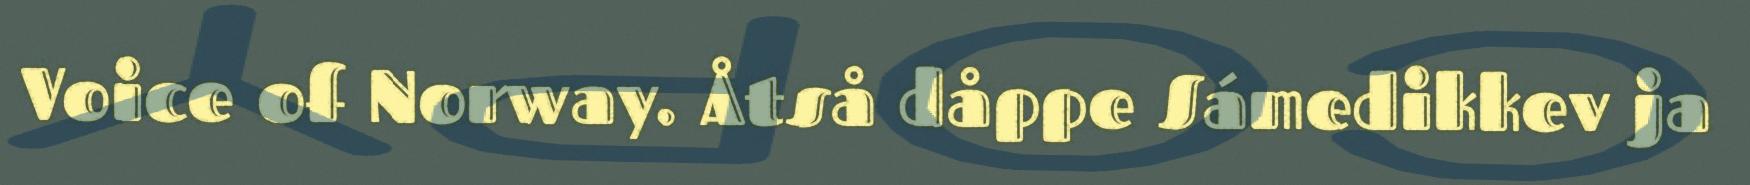
Voice of Norway. Åtså dåppe Sámedikkev ja